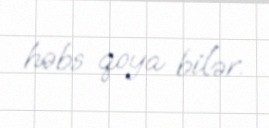
həbs qoya bilər.